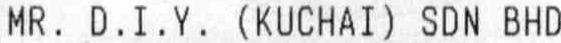
MR. D.I.Y. (KUCHAI) SDN BHD